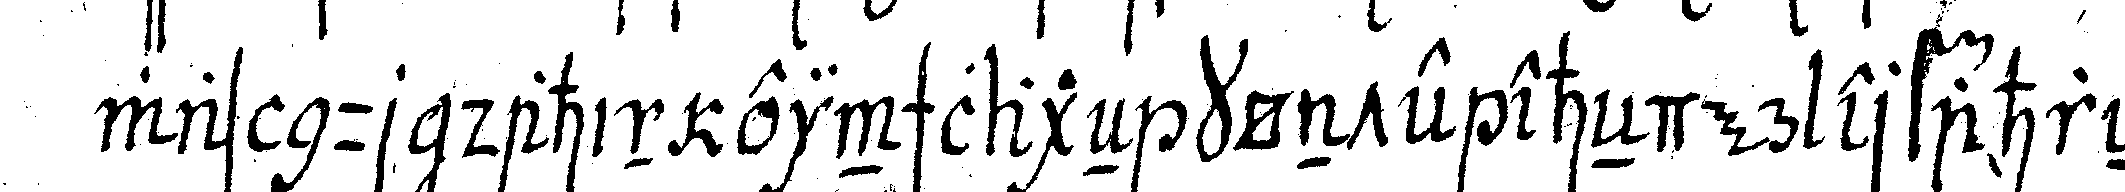
was nur dahin einschlageN könte eheNder erfahreN